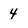
Character: 4